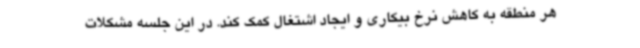
هر منطقه به کاهش نرخ بیکاری و ایجاد اشتغال کمک کند. در این جلسه مشکلات